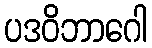
ပဒဝိဘာဂေါ